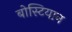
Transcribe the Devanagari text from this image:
बोस्टियान